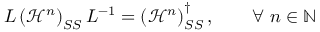
L \left( \mathcal { H } ^ { n } \right) _ { S S } L ^ { - 1 } = \left( \mathcal { H } ^ { n } \right) _ { S S } ^ { \dagger } , \qquad \forall \ n \in \mathbb { N }